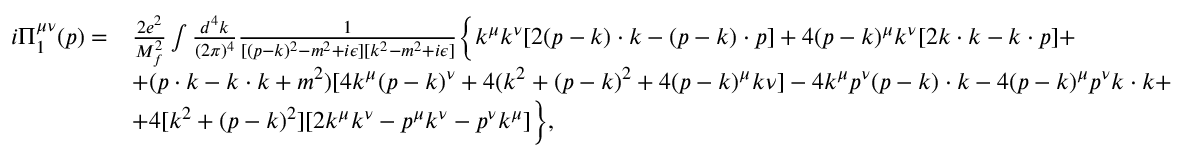
\begin{array} { r l } { i \Pi _ { 1 } ^ { \mu \nu } ( p ) = } & { \frac { 2 e ^ { 2 } } { M _ { f } ^ { 2 } } \int \frac { d ^ { 4 } k } { ( 2 \pi ) ^ { 4 } } \frac { 1 } { [ ( p - k ) ^ { 2 } - m ^ { 2 } + i \epsilon ] [ k ^ { 2 } - m ^ { 2 } + i \epsilon ] } \biggl \{ k ^ { \mu } k ^ { \nu } [ 2 ( p - k ) \cdot k - ( p - k ) \cdot p ] + 4 ( p - k ) ^ { \mu } k ^ { \nu } [ 2 k \cdot k - k \cdot p ] + } \\ & { + ( p \cdot k - k \cdot k + m ^ { 2 } ) [ 4 k ^ { \mu } ( p - k ) ^ { \nu } + 4 ( k ^ { 2 } + ( p - k ) ^ { 2 } + 4 ( p - k ) ^ { \mu } k \nu ] - 4 k ^ { \mu } p ^ { \nu } ( p - k ) \cdot k - 4 ( p - k ) ^ { \mu } p ^ { \nu } k \cdot k + } \\ & { + 4 [ k ^ { 2 } + ( p - k ) ^ { 2 } ] [ 2 k ^ { \mu } k ^ { \nu } - p ^ { \mu } k ^ { \nu } - p ^ { \nu } k ^ { \mu } ] \biggr \} , } \end{array}